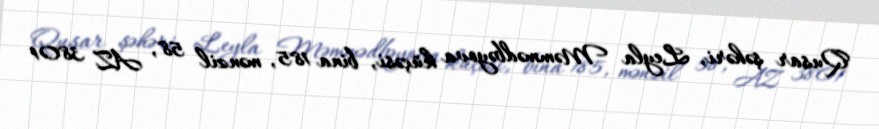
Qusar şəhəri, Leyla Məmmədbəyova küçəsi, bina 185, mənzil 58, AZ 3801